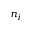
n _ { i }